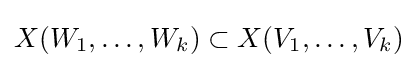
{\textstyle X(W_{1},\dots ,W_{k})\subset X(V_{1},\dots ,V_{k})}